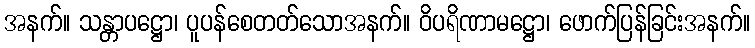
အနက်။ သန္တာပဋ္ဌော၊ ပူပန်စေတတ်သောအနက်။ ဝိပရိဏာမဋ္ဌော၊ ဖောက်ပြန်ခြင်းအနက်။